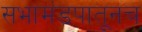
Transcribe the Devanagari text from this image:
सभामंडपातूनच